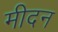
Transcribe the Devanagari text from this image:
मीदन